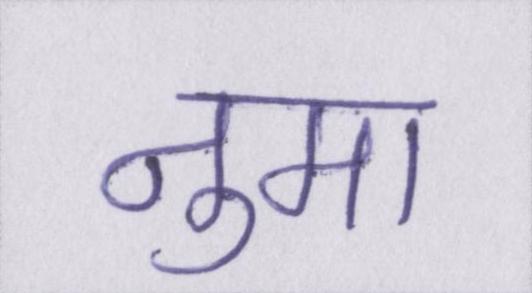
नुमा